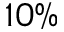
1 0 \%